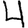
Digit: 4